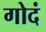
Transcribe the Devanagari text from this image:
गोदं